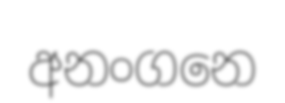
අනංගනෙ